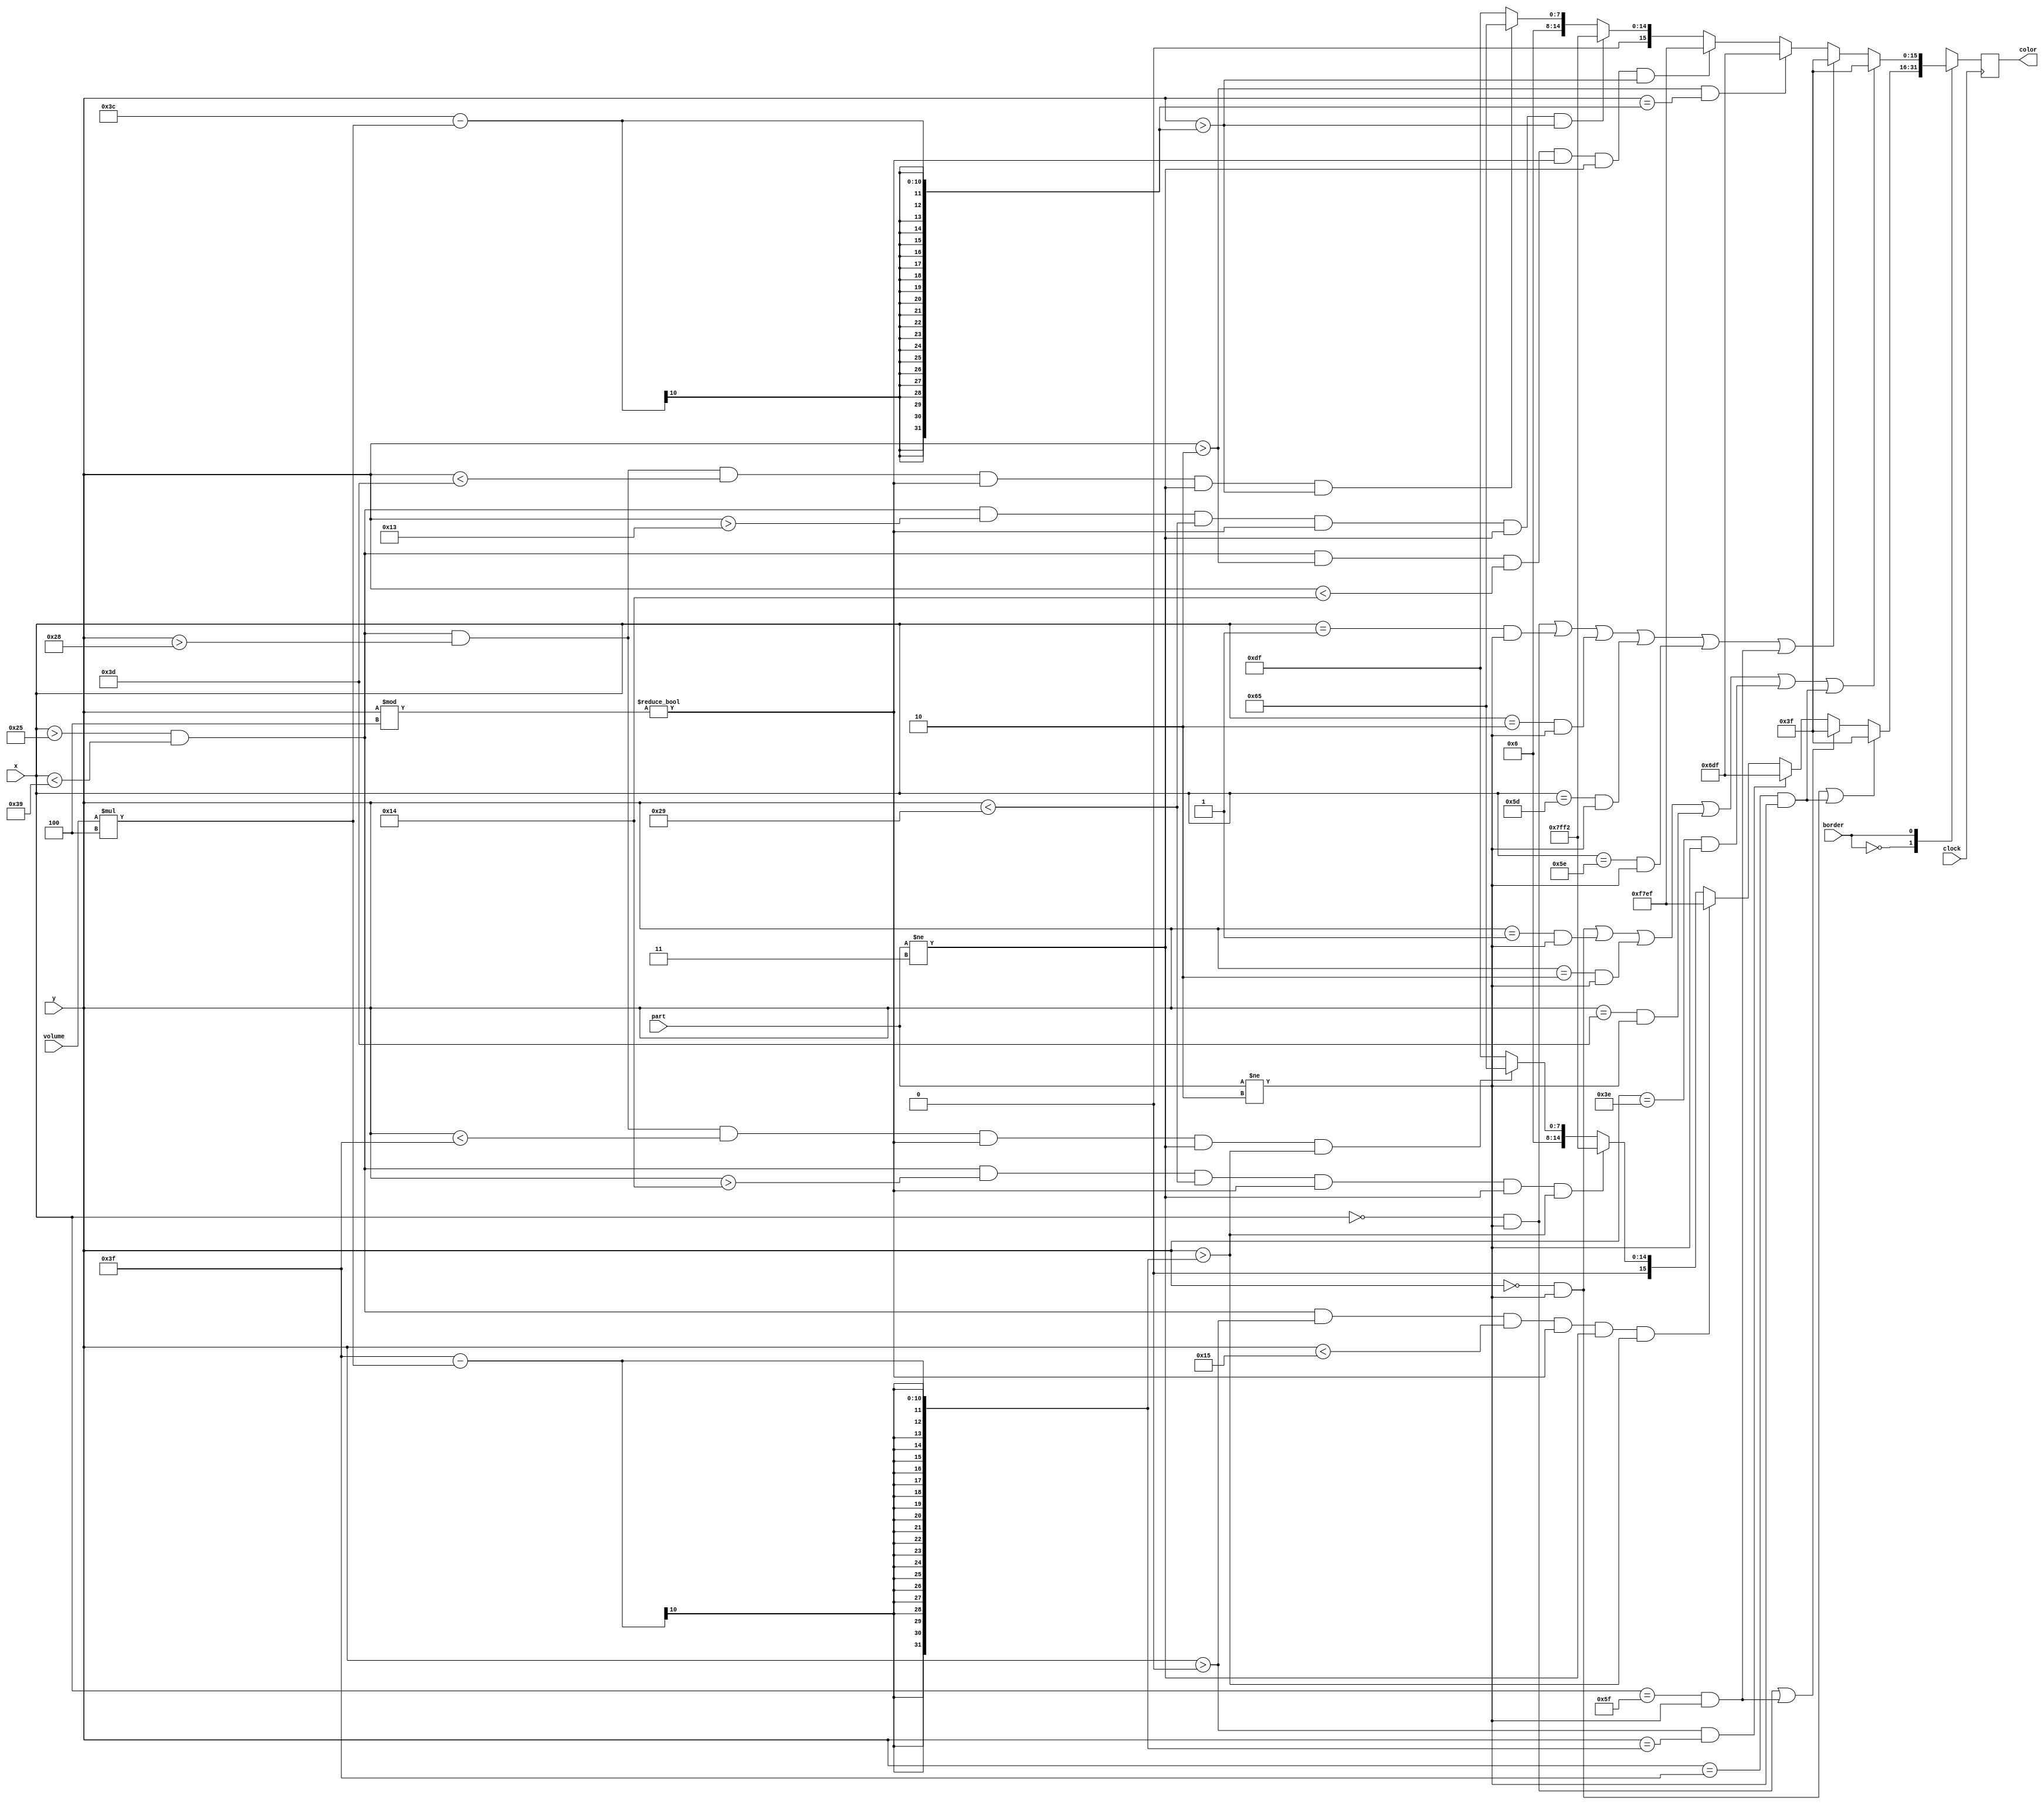
`timescale 1ns / 1ps
//////////////////////////////////////////////////////////////////////////////////
// Company: 
// Engineer: 
// 
// Design Name: 
// Module Name: PRINT_LED_RN
// Project Name: 
// Target Devices: 
// Tool Versions: 
// Description: 
// 
// Dependencies: 
// 
// Revision:
// Revision 0.01 - File Created
// Additional Comments:
// 
//////////////////////////////////////////////////////////////////////////////////


module PRINT_LED_WATER(input clock,input [6:0]volume,
    input[6:0]x, input[6:0]y,input border ,input [1:0]part, output reg [15:0] color
    
    );
    
    always@ (posedge clock) 
    begin
        case(border) // set border to 1 pixel
            1'b0:
                begin
                    if(y==0 && part!=2 || y==63 && part!=2)
                    begin
                        color = 16'h003F; // set to GREEN , all 1
                    end
                    else if(x==0 && part!=2 || x==95 && part!=2)
                    begin
                        color = 16'h003F; // set to white , all 1
                    end
                    else if(y>0 && y == (63-(volume*4)))
                    begin
                        color = 16'h06DF;;
                    end
                    else if(x > 37 && x < 57 && y > 0 && y < 21 && (y % 4)!=0 && part!=3 && y > (63-(volume*4))) // SET YELLO
                    begin
                        color = 16'hF7EF;
                    end
                    else if(x > 37 && x < 57 && y > 20 && y < 41 && (y % 4)!=0 && part!=3 && y > (63-(volume*4))) // SET  GREEN
                    begin
                        color = 16'h7FF2;
                    end
                    else if(x > 37 && x < 57 && y > 40 && y < 63 && (y % 4)!=0 && part!=3 && y > (63-(volume*4))) // SET DGREEN
                    begin
                        
                        color = 16'h0665;
                    end
                    else if((y % 4)==0) 
                    begin
                        color = 16'h06DF; // set other pixels to BLACK
                    end        
                    else
                    begin
                        color = 16'h06DF; // SET ALL OTHER COLORS TO BLACK
                    end              
                end    
                
            1'b1: // SET BORDER TO 3 PIXEL
                    begin
                        if(y==0 && part!=2 || y==1 && part!=2 || y==2&& part!=2 || y==61 && part!=2 || y==62 && part!=2 || y==63 && part!=2)
                        begin
                            color = 16'h003F; // set to GREEN , all 1
                        end
                        else if(x==0 && part!=2 || x==1 && part!=2 || x==2 && part!=2 || x==93 && part!=2 || x==94 && part!=2 || x==95 && part!=2)
                        begin
                            color = 16'h003F; // set to white , all 1
                        end
                        else if(y>2 && y == (60-(volume*4)))
                        begin
                            color = 16'h06DF;
                        end
                        else if(x > 37 && x < 57 && y > 2 && y < 20 && (y % 4)!=0 && part!=3 && y > (60-(volume*4))) // SET YELLOW
                        begin
 
                            color = 16'hF7EF;
                        end
                        else if(x > 37 && x < 57 && y > 19 && y < 41 && (y % 4)!=0 && part!=3 && y > (60-(volume*4))) // SET GREEN
                        begin
                            color = 16'h7FF2;
                        end
                        else if(x > 37 && x < 57 && y > 40 && y < 61 && (y % 4)!=0 && part!=3 && y > (60-(volume*4)))  // SET DGREEN
                        begin
                            color = 16'h0665;
                        end  
                        else if((y % 4)==0) 
                        begin
                            color = 16'h06DF; // set other pixels to BLACK
                        end 
                        else
                        begin
                            color = 16'h06DF; // set other pixels to BLACK                       
                        end                  
                    end               
            default: // we set default to be 1 pixel border
                        begin
                            if(y==0 && part!=2 || y==63 && part!=2)
                            begin
                                color = 16'h003F; // set to GREEN , all 1
                            end
                            else if(x==0 && part!=2 || x==95 && part!=2)
                            begin
                                color = 16'h003F;; // set to white , all 1
                            end
                            else if(y>0 && y == (63-(volume*4)))
                            begin
                                color = 16'h06DF;
                            end
                            else if(x > 37 && x < 57 && y > 0 && y < 21 && (y % 4)!=0 && part!=3 && y > (63-(volume*4))) // SET YELLOW
                            begin                         
                                color = 16'hF7EF;
                            end
                            else if(x > 37 && x < 57 && y > 20 && y < 41 && (y % 4)!=0 && part!=3 && y > (63-(volume*4))) // SET GREEN
                            begin
                                color = 16'h7FF2;
                            end
                            else if(x > 37 && x < 57 && y > 40 && y < 63 && (y % 4)!=0 && part!=3 && y > (63-(volume*4))) // SET DGREEN
                            begin                              
                                color = 16'h0665;
                            end 
                            else if((y % 4)==0) 
                            begin
                                color = 16'h06DF; // set other pixels to BLACK
                            end       
                            else
                            begin
                                color = 16'h06DF; // SET ALL OTHER COLORS TO BLACK
                            end              
                        end 
              endcase   
    end
    
    
    
endmodule